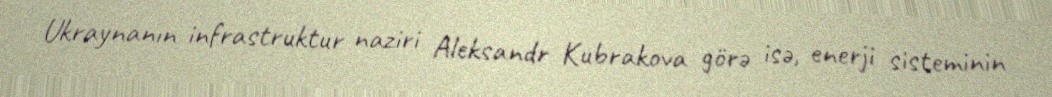
Ukraynanın infrastruktur naziri Aleksandr Kubrakova görə isə, enerji sisteminin